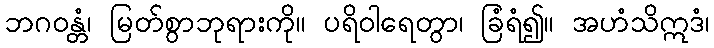
ဘဂဝန္တံ၊ မြတ်စွာဘုရားကို။ ပရိဝါရေတွာ၊ ခြံရံ၍။ အဟံသိဣဒံ၊